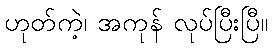
ဟုတ်ကဲ့၊ အကုန် လုပ်ပြီးပြီ။